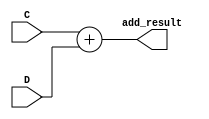
module ADD2 (
	input wire [7:0] C,
	input wire [7:0] D,
	output wire [8:0] add_result
);

assign add_result = C + D;

endmodule